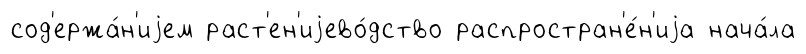
сод'ержа́н'иjем раст'ен'иjево́дство распростран'е́н'иjа нача́ла